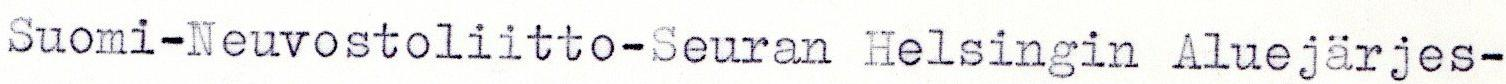
Suomi-Neuvostoliitto-Seuran Helsingin Aluejärjes-